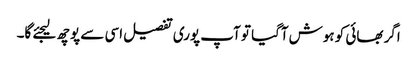
اگر بھائی کو ہوش آگیا تو آپ پوری تفصیل اسی سے پوچھ لیجئے گا۔